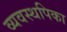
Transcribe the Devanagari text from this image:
व्यवस्थपिका